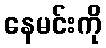
နေမင်းကို